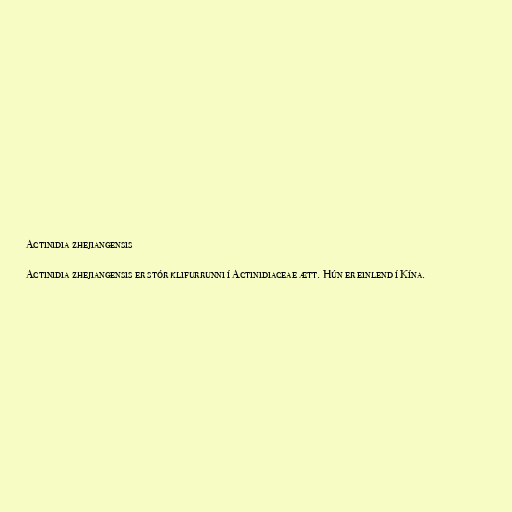
Actinidia zhejiangensis

Actinidia zhejiangensis er stór klifurrunni í Actinidiaceae ætt. Hún er einlend í Kína.